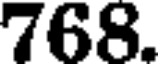
768.